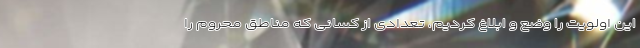
این اولویت را وضع و ابلاغ کردیم، تعدادی از کسانی که مناطق محروم را